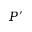
P ^ { \prime }